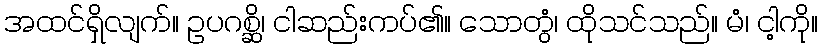
အထင်ရှိလျက်။ ဥပဂစ္ဆိ၊ ငါဆည်းကပ်၏။ သောတွံ၊ ထိုသင်သည်။ မံ၊ ငါ့ကို။